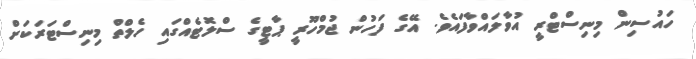
ހައުސިން މިނިސްޓްރީ އުވާލައްވާފައެވެ. އޭގެ ފަހުން ޖުމްހޫރީ ޕާޓީގެ ސްލޮޓެއްގައި ހެލްތް މިނިސްޓަރަކަށް